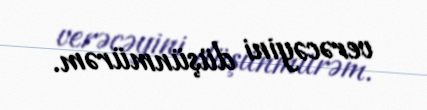
verəcəyini düşünmürəm.